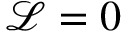
\mathcal { L } = 0